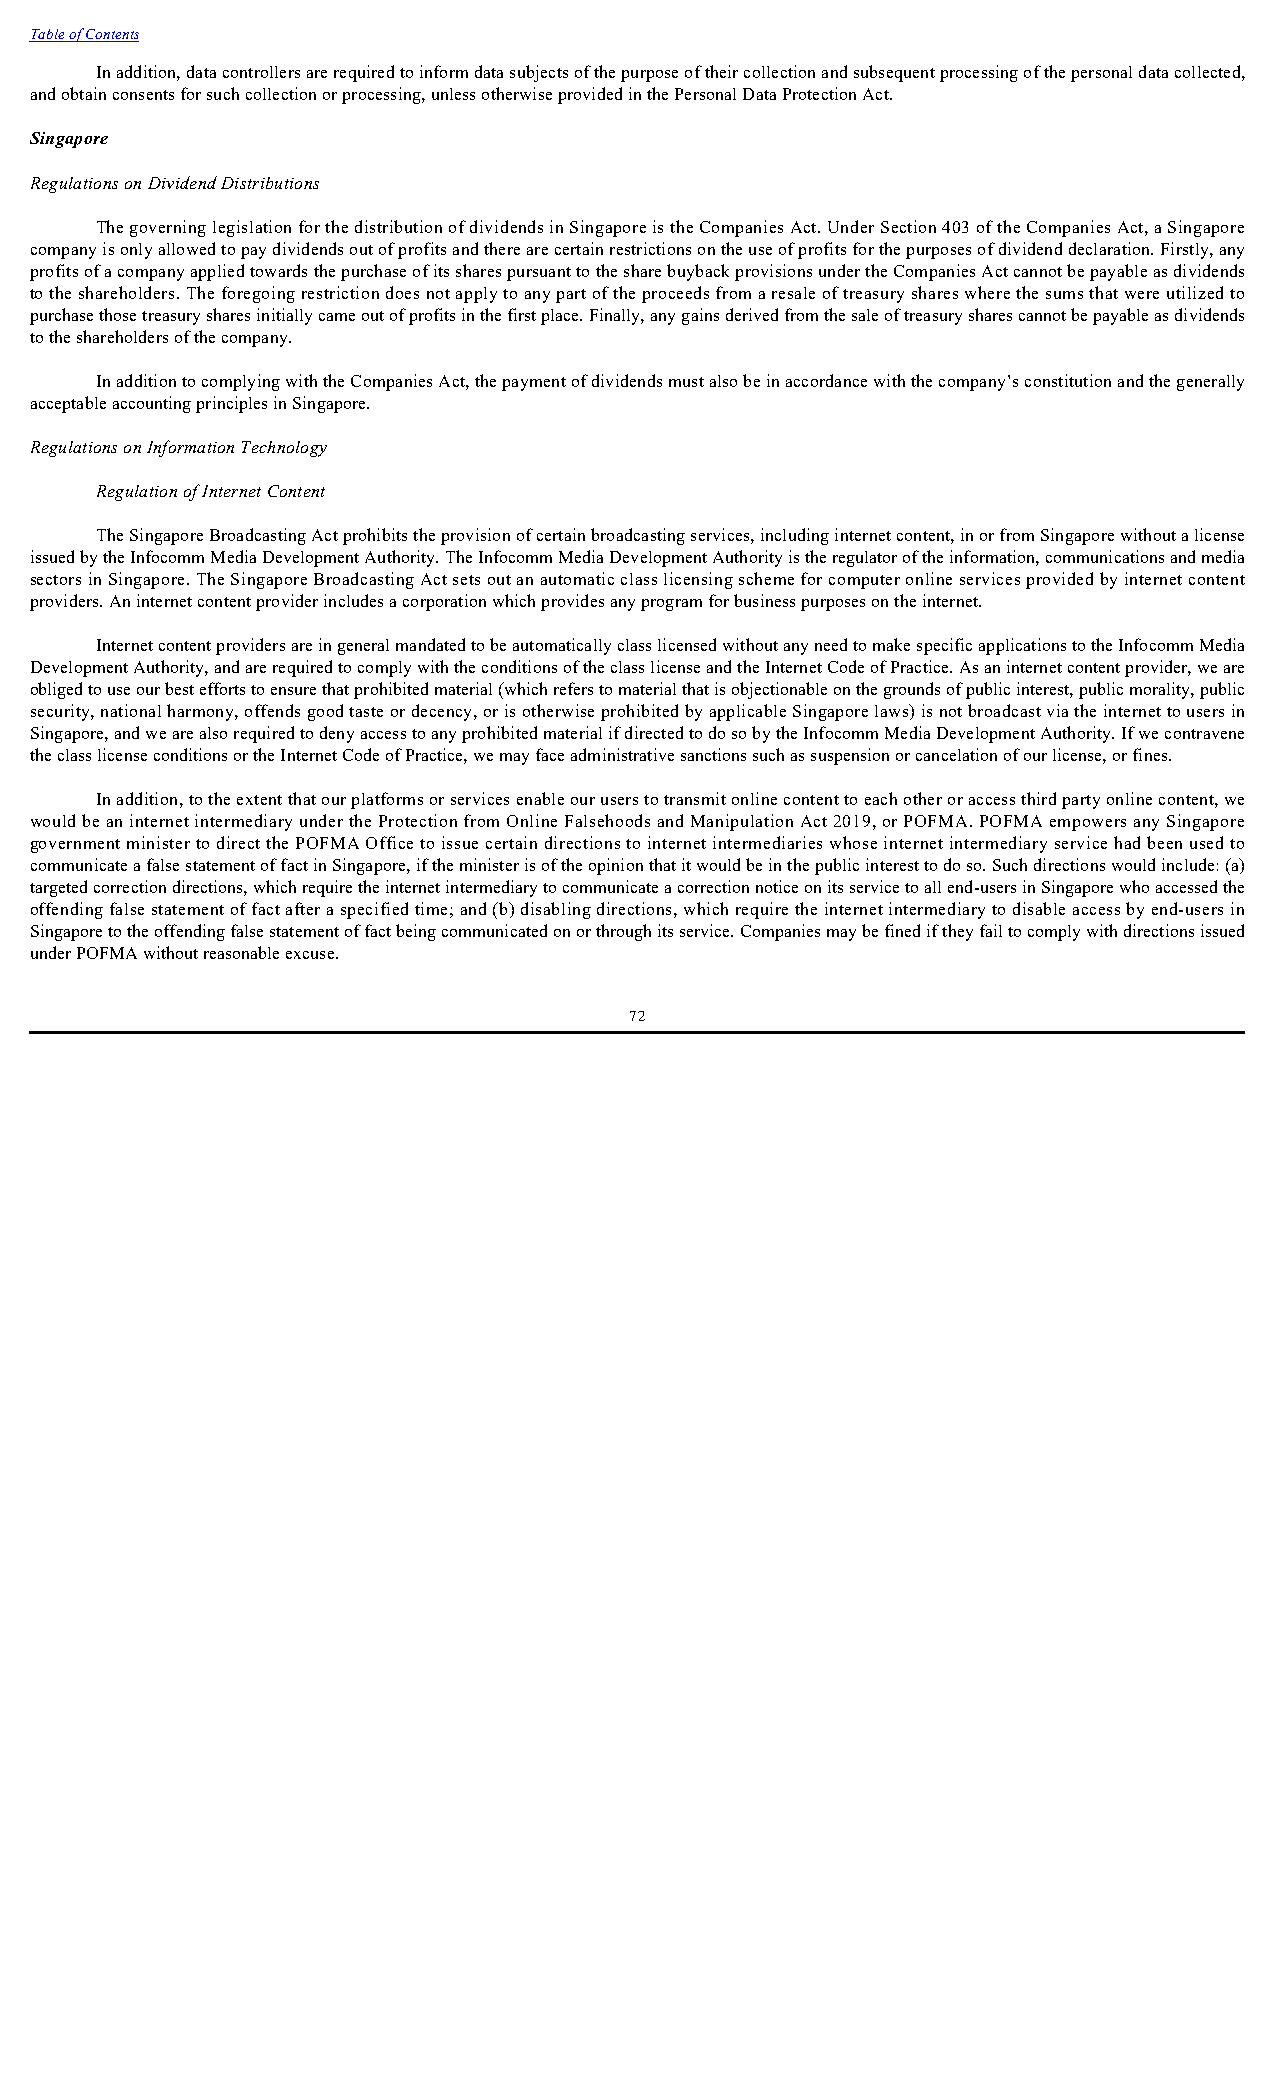
Table of Contents
 In addition, data controllers are required to inform data subjects of the purpose of their collection and subsequent processing of the personal data collected,
 and obtain consents for such collection or processing, unless otherwise provided in the Personal Data Protection Act.
 Singapore
 Regulations on Dividend Distributions
 The governing legislation for the distribution of dividends in Singapore is the Companies Act. Under Section 403 of the Companies Act, a Singapore
 company is only allowed to pay dividends out of profits and there are certain restrictions on the use of profits for the purposes of dividend declaration. Firstly, any
 profits of a company applied towards the purchase of its shares pursuant to the share buyback provisions under the Companies Act cannot be payable as dividends
 to the shareholders. The foregoing restriction does not apply to any part of the proceeds from a resale of treasury shares where the sums that were utilized to
 purchase those treasury shares initially came out of profits in the first place. Finally, any gains derived from the sale of treasury shares cannot be payable as dividends
 to the shareholders of the company.
 In addition to complying with the Companies Act, the payment of dividends must also be in accordance with the company’s constitution and the generally
 acceptable accounting principles in Singapore.
 Regulations on Information Technology
 Regulation of Internet Content
 The Singapore Broadcasting Act prohibits the provision of certain broadcasting services, including internet content, in or from Singapore without a license
 issued by the Infocomm Media Development Authority. The Infocomm Media Development Authority is the regulator of the information, communications and media
 sectors in Singapore. The Singapore Broadcasting Act sets out an automatic class licensing scheme for computer online services provided by internet content
 providers. An internet content provider includes a corporation which provides any program for business purposes on the internet.
 Internet content providers are in general mandated to be automatically class licensed without any need to make specific applications to the Infocomm Media
 Development Authority, and are required to comply with the conditions of the class license and the Internet Code of Practice. As an internet content provider, we are
 obliged to use our best efforts to ensure that prohibited material (which refers to material that is objectionable on the grounds of public interest, public morality, public
 security, national harmony, offends good taste or decency, or is otherwise prohibited by applicable Singapore laws) is not broadcast via the internet to users in
 Singapore, and we are also required to deny access to any prohibited material if directed to do so by the Infocomm Media Development Authority. If we contravene
 the class license conditions or the Internet Code of Practice, we may face administrative sanctions such as suspension or cancelation of our license, or fines.
 In addition, to the extent that our platforms or services enable our users to transmit online content to each other or access third party online content, we
 would be an internet intermediary under the Protection from Online Falsehoods and Manipulation Act 2019, or POFMA. POFMA empowers any Singapore
 government minister to direct the POFMA Office to issue certain directions to internet intermediaries whose internet intermediary service had been used to
 communicate a false statement of fact in Singapore, if the minister is of the opinion that it would be in the public interest to do so. Such directions would include: (a)
 targeted correction directions, which require the internet intermediary to communicate a correction notice on its service to all end-users in Singapore who accessed the
 offending false statement of fact after a specified time; and (b) disabling directions, which require the internet intermediary to disable access by end-users in
 Singapore to the offending false statement of fact being communicated on or through its service. Companies may be fined if they fail to comply with directions issued
 under POFMA without reasonable excuse.
 72